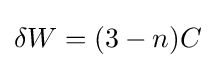
\delta W=(3-n)C